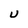
Character: U